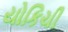
યોકિચી